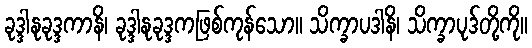
ခုဒ္ဒါနုခုဒ္ဒကာနိ၊ ခုဒ္ဒါနုခုဒ္ဒကဖြစ်ကုန်သော။ သိက္ခာပဒါနိ၊ သိက္ခာပုဒ်တို့ကို။